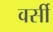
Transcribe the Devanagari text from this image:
वर्सी